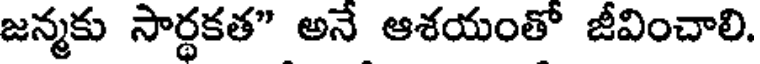
జన్మకు సార్థకత" అనే ఆశయంతో జీవించాలి.